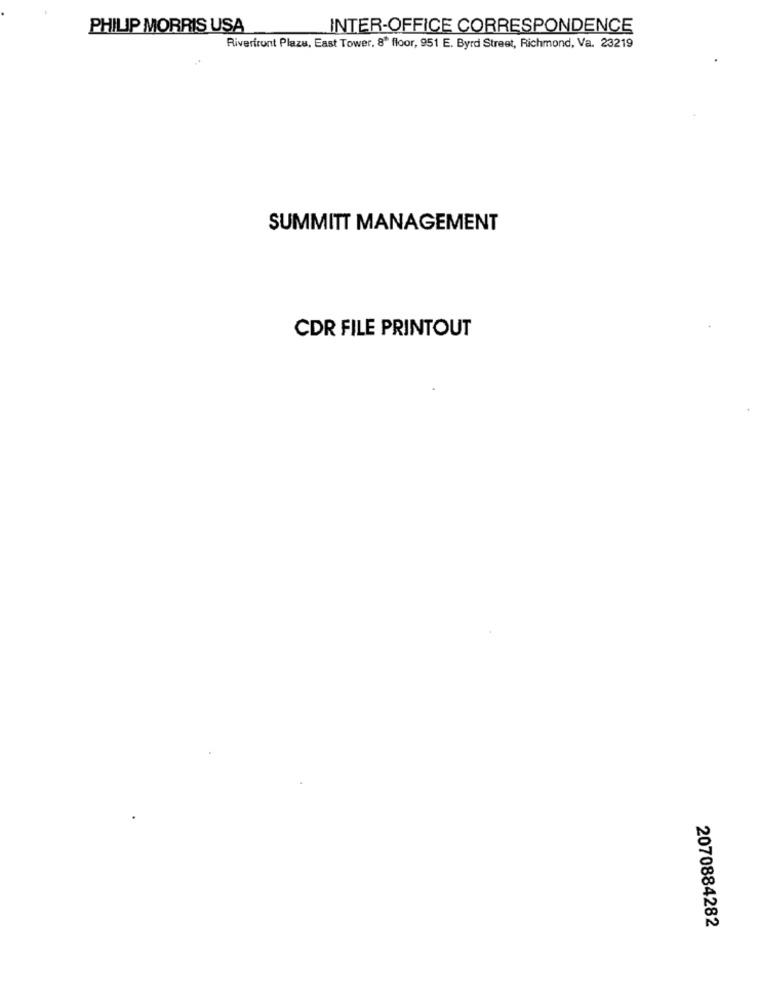
PHILIP MORRIS USA
INTER-OFFICE CORRESPONDENCE
Riverfront Plaza, East Tower, 8' floor, 951 E. Byrd Street, Richmond, Va. 23219
SUMMITT MANAGEMENT
CDR FILE PRINTOUT
2070884282